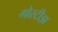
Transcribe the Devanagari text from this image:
गोस्टीझ